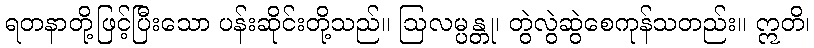
ရတနာတို့ဖြင့်ပြီးသော ပန်းဆိုင်းတို့သည်။ ဩလမ္ပန္တု၊ တွဲလွဲဆွဲစေကုန်သတည်း။ ဣတိ၊